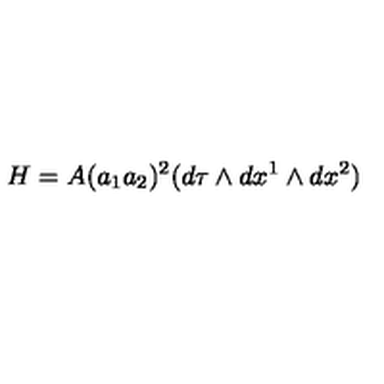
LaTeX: H = A ( a _ { 1 } a _ { 2 } ) ^ { 2 } ( d \tau \wedge d x ^ { 1 } \wedge d x ^ { 2 } )